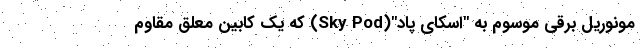
مونوریل برقی موسوم به "اسکای پاد"(Sky Pod) که یک کابین معلق مقاوم